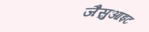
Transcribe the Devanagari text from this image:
जैसुआइट